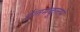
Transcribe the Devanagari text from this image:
ईलमकुलम